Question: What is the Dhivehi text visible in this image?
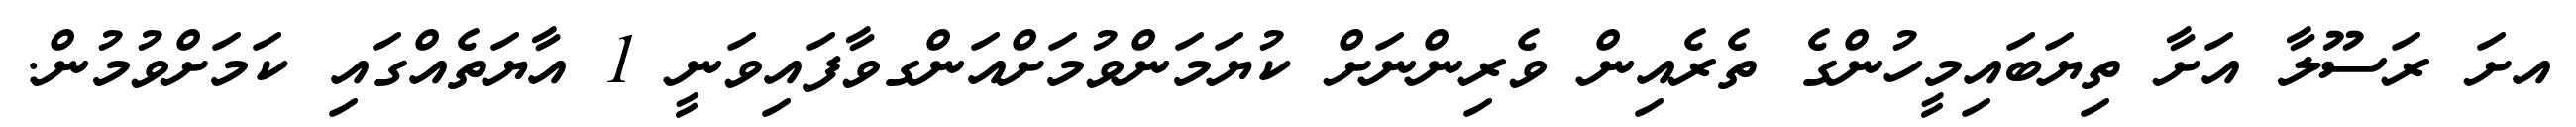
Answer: އށަ ރަސޫލާ އަށާ ތިޔަބައިމީހުންގެ ތެރެއިން ވެރިންނަށް ކުޔަމަންވުމަށްއަންގވާފައިވަނީ 1 އާޔަތެއްގައި ކަމަށްވުމުން.